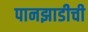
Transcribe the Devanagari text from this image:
पानझाडीची